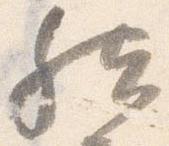
然